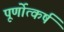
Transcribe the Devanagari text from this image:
पूर्णोत्कर्ष